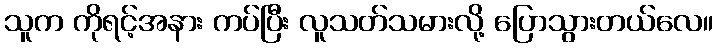
သူက ကိုရင့်အနား ကပ်ပြီး လူသတ်သမားလို့ ပြောသွားတယ်လေ။